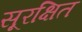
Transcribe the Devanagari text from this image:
सूरक्षित